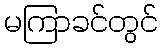
မကြာခင်တွင်